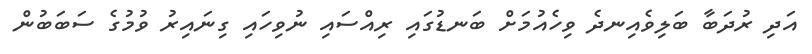
އަދި ރުދަބާ ބަލިވެއިނދެ ވިހެއުމަށް ބަނޑުގައި ރިއްސައި ނުވިހައި ގިނައިރު ވުމުގެ ސަބަބުން